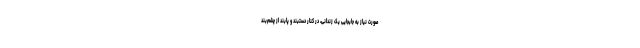
صورت نیاز به جابجایی یک زندانی، در کنار دستبند و پابند از چشم‌بند